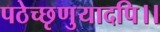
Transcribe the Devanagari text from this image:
पठेच्छृणुयादपि।।